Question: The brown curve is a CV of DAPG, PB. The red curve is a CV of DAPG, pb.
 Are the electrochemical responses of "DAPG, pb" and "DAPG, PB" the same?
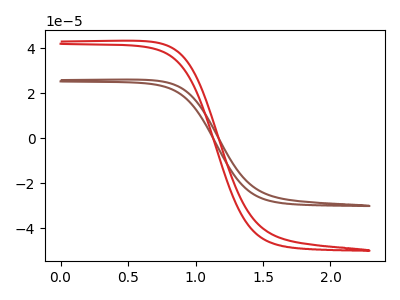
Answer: <think>The brown curve "DAPG, PB" has no peaks. The red curve "DAPG, pb" has no peaks.
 Neither "DAPG, pb" or "DAPG, PB" have any peaks.</think>
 <answer>"DAPG, pb" and "DAPG, PB" are similar in shape.</answer>
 <eval>same_shape</eval>